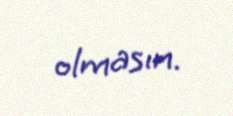
olmasın.